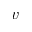
v